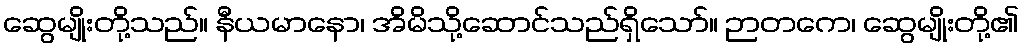
ဆွေမျိုးတို့သည်။ နီယမာနော၊ အိမိသို့ဆောင်သည်ရှိသော်။ ဉာတကေ၊ ဆွေမျိုးတို့၏